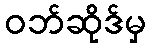
ဝဘ်ဆိုဒ်မှ